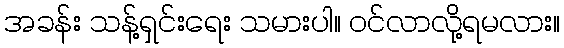
အခန်း သန့်ရှင်းရေး သမားပါ။ ဝင်လာလို့ရမလား။